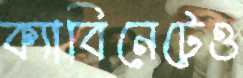
ক্যাবিনেটেও